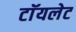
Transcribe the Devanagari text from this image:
टाॅयलेट